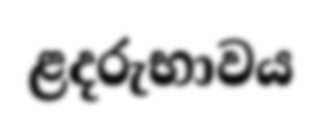
ළදරුභාවය